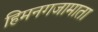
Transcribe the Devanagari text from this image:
हिमनगजामाता